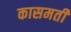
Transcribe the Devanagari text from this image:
कासमती